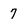
Character: 7